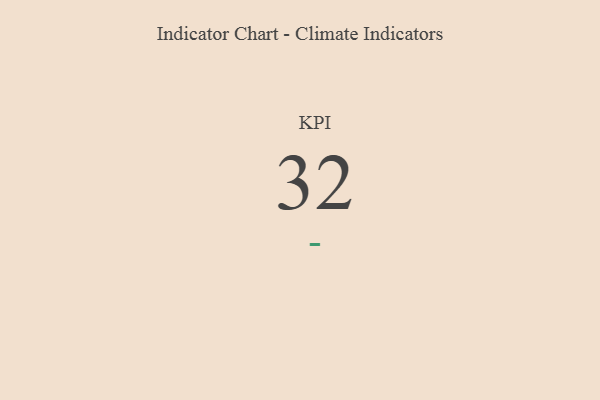
{"axis": {"x": "KPI", "y": "Value"}, "legend": [""], "data": [{"x": "KPI", "y": 32, "type": ""}]}